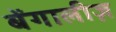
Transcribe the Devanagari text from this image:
बेंगालीज़